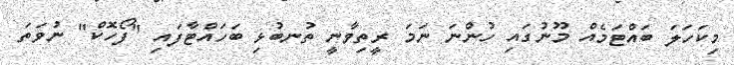
މިކަހަލަ ބައްޓަމެއް މޫނުގައި ހުންނަ ނަމަ ރީތިވާނީ ތުނބުޅި ބަހައްޓާފައި "ފޯހޮކް" ނުވަތަ